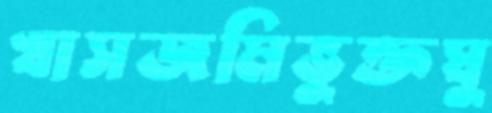
খাসজমিভুক্তঘু